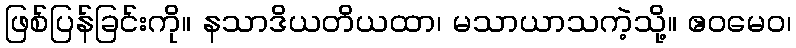
ဖြစ်ပြန်ခြင်းကို။ နသာဒိယတိယထာ၊ မသာယာသကဲ့သို့။ ဧဝမေဝ၊